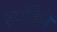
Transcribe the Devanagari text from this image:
रमविले